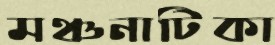
মঞ্চনাটিকা